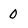
Character: O